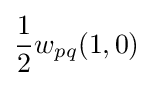
{\frac {1}{2}}w_{pq}(1,0)